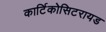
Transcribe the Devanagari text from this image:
कार्टिकोसिटरायड